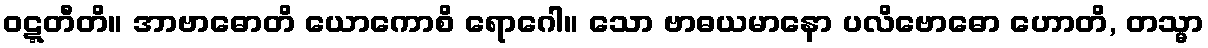
ဝဋ္ဋတီတိ။ အာဗာဓောတိ ယောကောစိ ရောဂေါ။ သော ဗာဓယမာနော ပလိဗောဓော ဟောတိ, တသ္မာ